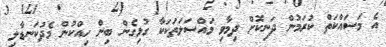
އެ މަސައްކަތް ކުރަމުން ދަނިކޮށް ދިމާވި މައްސަލަތަކަކާ ގުޅިގެން ބިން ހިއްކުން މެދުކަނޑާލި